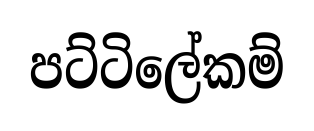
පට්ටිලේකම්